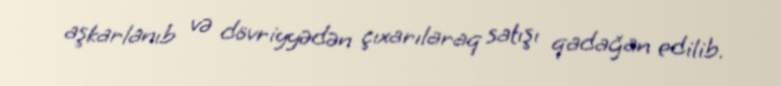
aşkarlanıb və dövriyyədən çıxarılaraq satışı qadağan edilib.